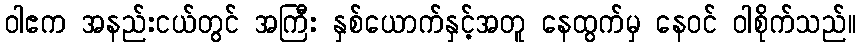
ဝါဧက အနည်းငယ်တွင် အကြီး နှစ်ယောက်နှင့်အတူ နေထွက်မှ နေဝင် ဝါစိုက်သည်။